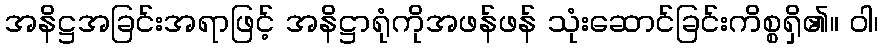
အနိဋ္ဌအခြင်းအရာဖြင့် အနိဋ္ဌာရုံကိုအဖန်ဖန် သုံးဆောင်ခြင်းကိစ္စရှိ၏။ ဝါ၊